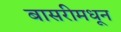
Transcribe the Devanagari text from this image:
बासरीमधून